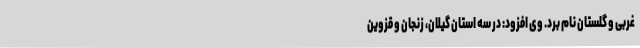
غربی و گلستان نام برد. وی افزود: در سه استان گیلان، زنجان و قزوین